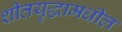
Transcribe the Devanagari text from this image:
शीतयुद्धामधील